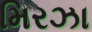
મિરઝા